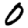
Digit: 0